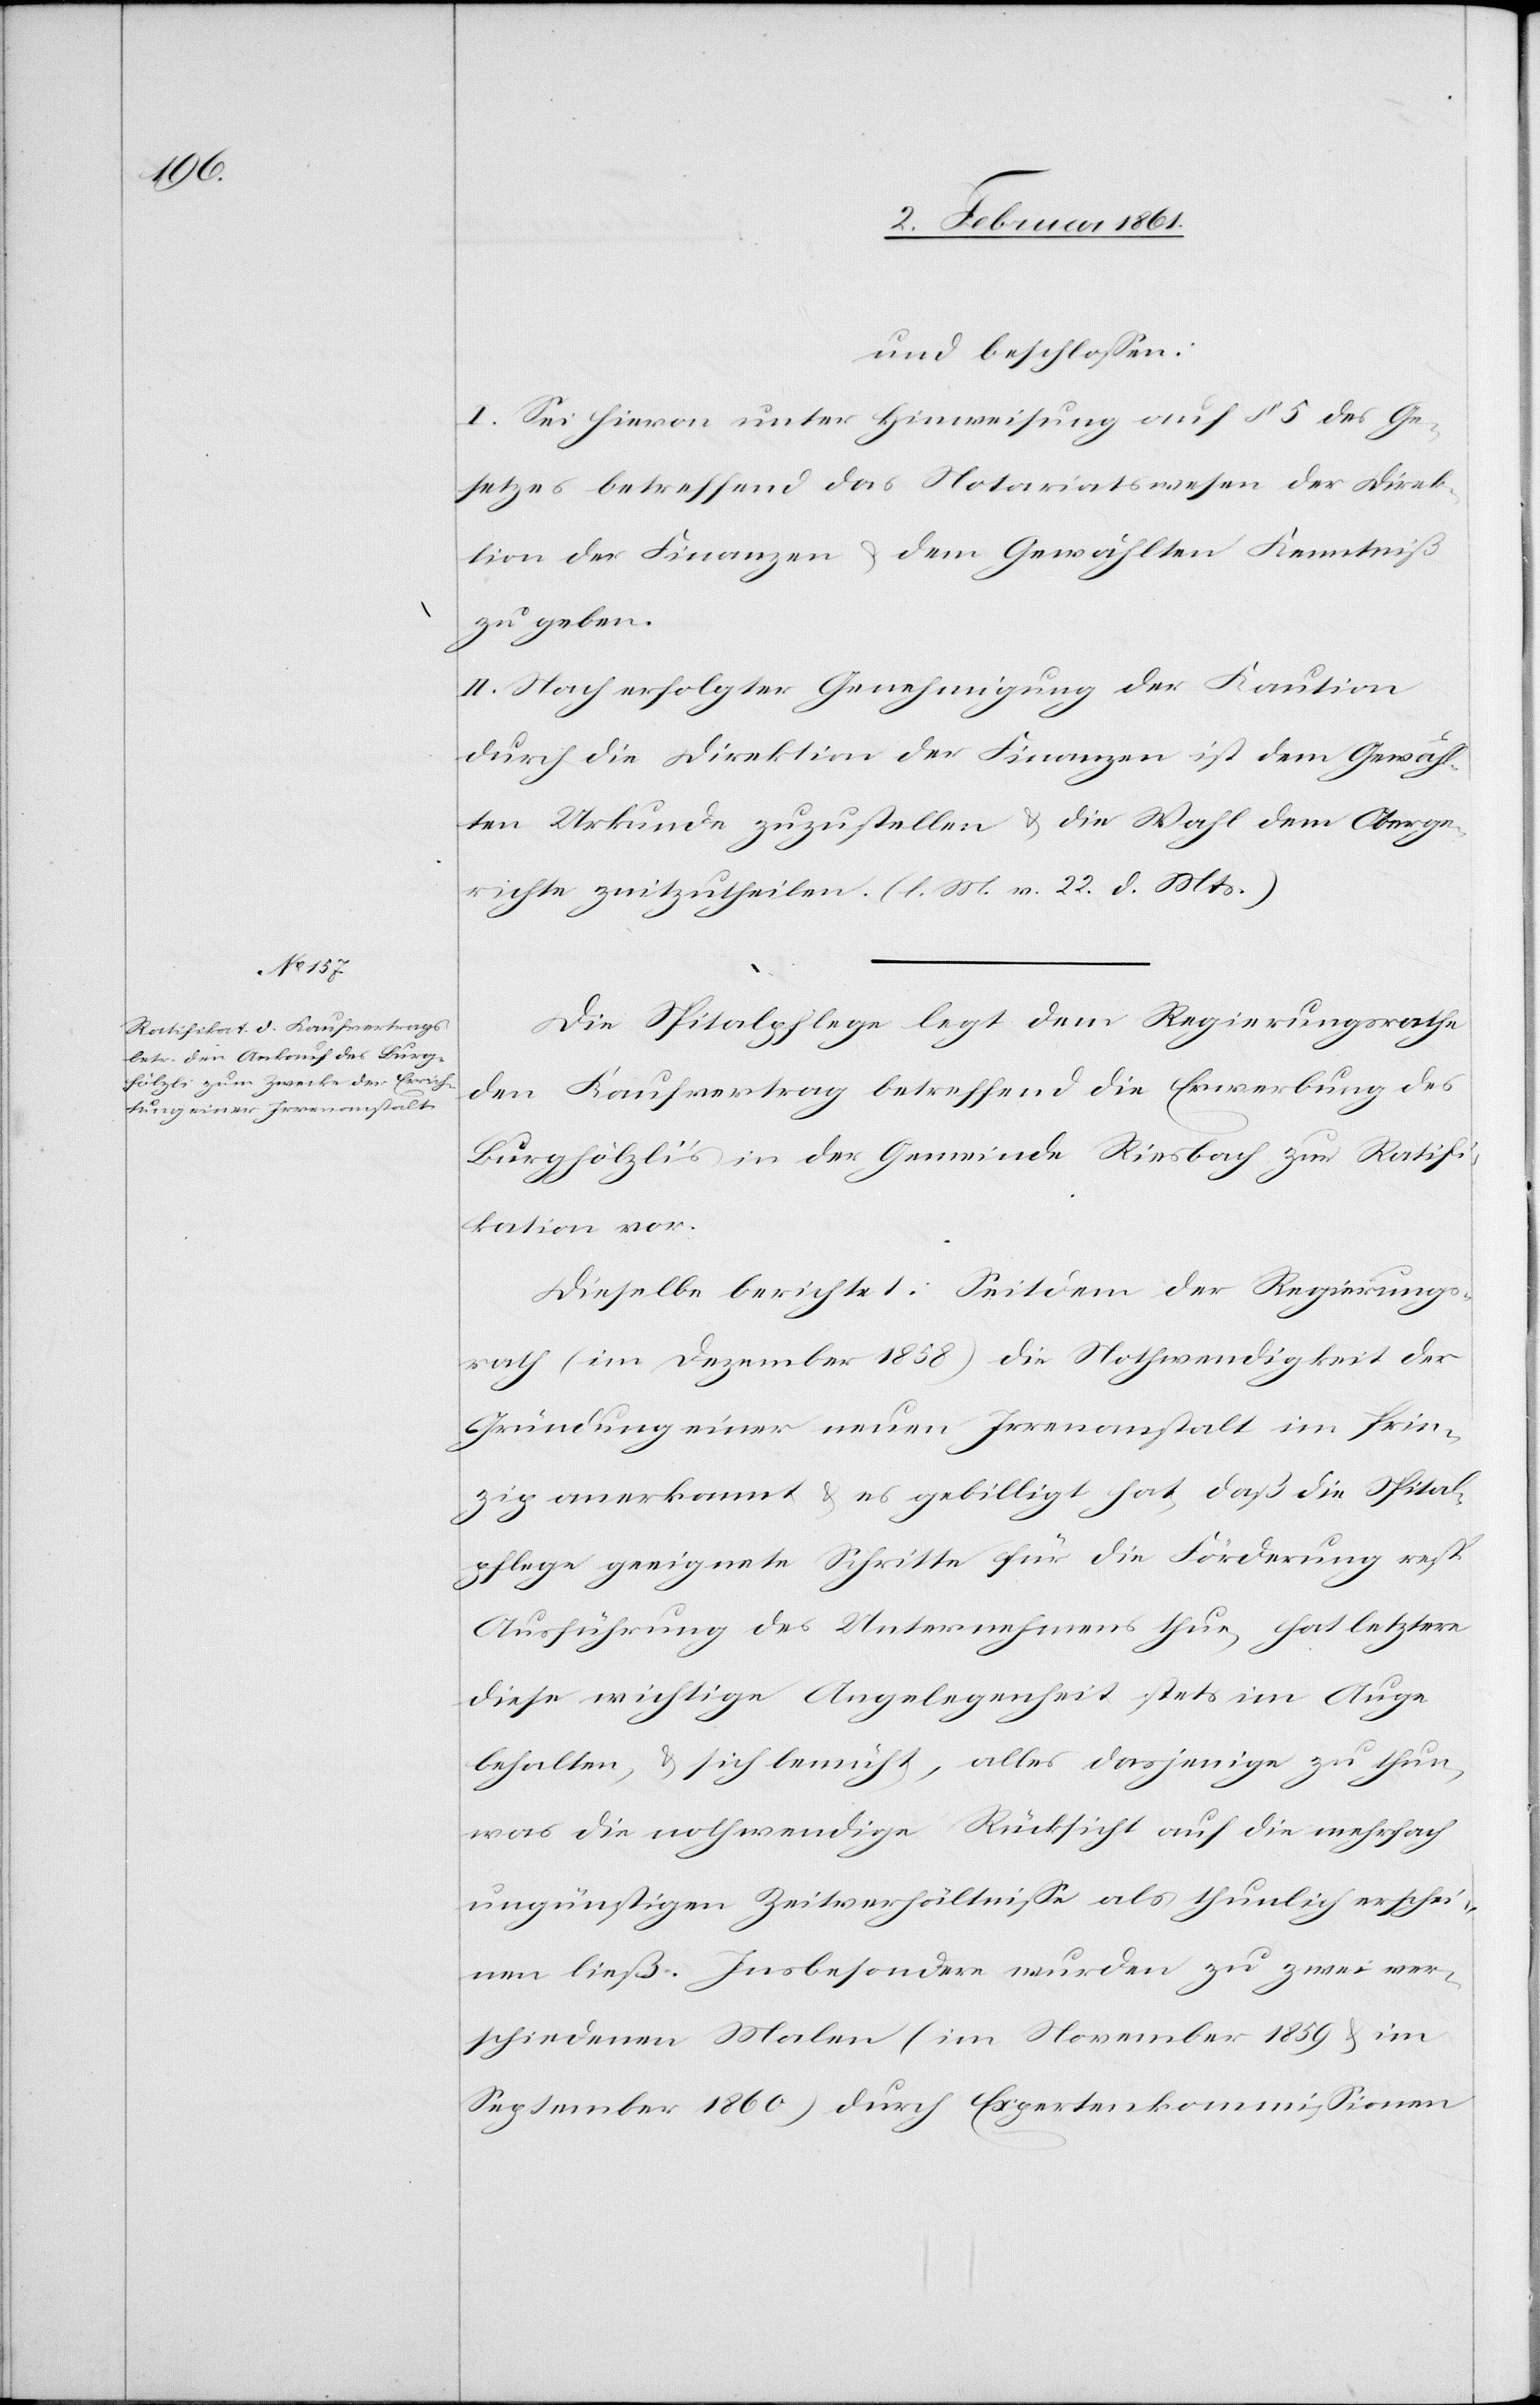
richte

und beschlossen:
I. Sei hievon unter Hinweisung auf § 5 des Ge¬
setzes betreffend das Notariatswesen der Direk¬
tion der Finanzen u. dem Gewählten Kenntniß
zu geben.
II. Nach erfolgter Genehmigung der Kaution
durch die Direktion der Finanzen ist dem Gewähl¬
ten Urkunde zuzustellen u. die Wahl dem Oberge¬
[recte: mitzutheilen]. (l. M. v. 22. d. Mts.)
Die Spitalpflege legt dem Regierungsrathe
den Kaufvertrag betreffend die Erwerbung des
Burghölzli’s in der Gemeinde Riesbach zur Ratifi¬
kation vor.
Dieselbe berichtet: Seitdem der Regierungs¬
rath (im Dezember 1858) die Nothwendigkeit der
Gründung einer neuen Irrenanstalt im Prin¬
zip anerkannt u. es gebilligt hat, daß die Spital¬
pflege geeignete Schritte für die Forderung resp.
Ausführung des Unternehmens thue, hat letztere
diese wichtige Angelegenheit stets im Auge
behalten, u. sich bemüht, alles dasjenige zu thun,
was die nothwendige Rücksicht auf die mehrfach
ungünstigen Zweiverhältnisse als thunlich erschei¬
nen ließ. Insbesondere wurden zu zwei ver¬
schiedenen Malen (im November 1859 u. im
September 1860) durch Expertenkommissionen